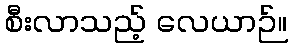
စီးလာသည့် လေယာဉ်။